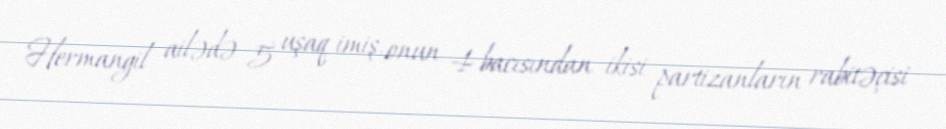
Hermangil ailədə 5 uşaq imiş, onun 4 bacısından ikisi partizanların rabitəçisi